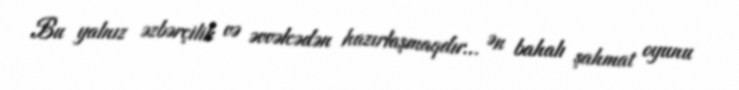
Bu yalnız əzbərçilik və əvvəlcədən hazırlaşmaqdır… Ən bahalı şahmat oyunu